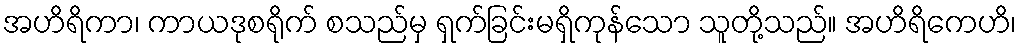
အဟိရိကာ၊ ကာယဒုစရိုက် စသည်မှ ရှက်ခြင်းမရှိကုန်သော သူတို့သည်။ အဟိရိကေဟိ၊